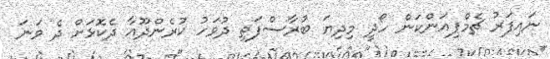
ނައިފަރު ޗެމްޕިއަންކަން ހޯދީ މިދިޔަ ބުރާސްފަތި ދުވަހު ކުރެންދޫއާ ދެކޮޅަށް ދެ ވަނަ